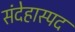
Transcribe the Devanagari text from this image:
संदेहास्‍पद